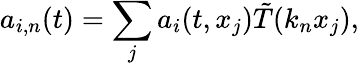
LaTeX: a_{i,n}(t)=\sum_{j}a_{i}(t,x_{j})\tilde{T}(k_{n}x_{j}),